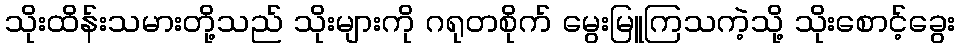
သိုးထိန်းသမားတို့သည် သိုးများကို ဂရုတစိုက် မွေးမြူကြသကဲ့သို့ သိုးစောင့်ခွေး